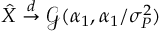
\hat { X } \overset { d } { \to } \mathcal G ( \alpha _ { 1 } , \alpha _ { 1 } / \sigma _ { P } ^ { 2 } )